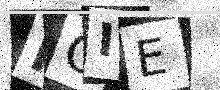
Text: RCIE